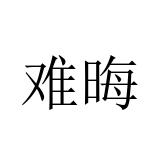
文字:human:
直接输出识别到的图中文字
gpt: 难晦